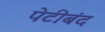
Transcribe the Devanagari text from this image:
पेटीबंद